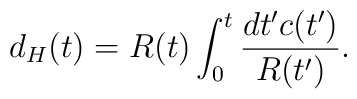
d_H(t)=R(t)\int_0^t\frac{dt'c(t')}{R(t')}.